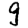
Digit: 9